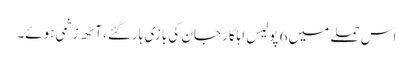
اس حملے میں 6 پولیس اہلکار جان کی بازی ہارگئے، آٹھ زخمی ہوئے۔